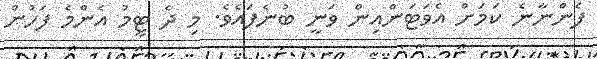
ފެންނާނެ ކަމަށް އެވަޓަންއިން ވަނީ ބުނެފައެވެ. މި ދެ ޓީމު އެންމެ ފަހުން